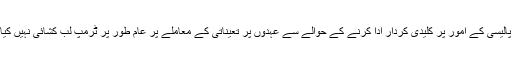
بیرونی پالیسی کے امور پر کلیدی کردار ادا کرنے کے حوالے سے عہدوں پر تعیناتی کے معاملے پر عام طور پر ٹرمپ لب کشائی نہیں کیا کرتے۔